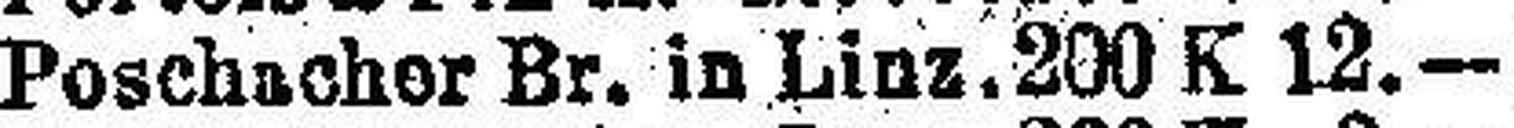
Poschacher Br. in Linz. 200 K 12.—